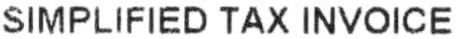
SIMPLIFIED TAX INVOICE